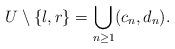
LaTeX: \begin{align*}U\setminus \{l,r\}=\bigcup_{n\geq 1}(c_n,d_n). \end{align*}